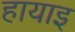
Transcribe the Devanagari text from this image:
हायाइ